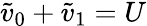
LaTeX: \tilde{v}_{0}+\tilde{v}_{1}=U